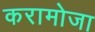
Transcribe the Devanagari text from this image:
करामोजा